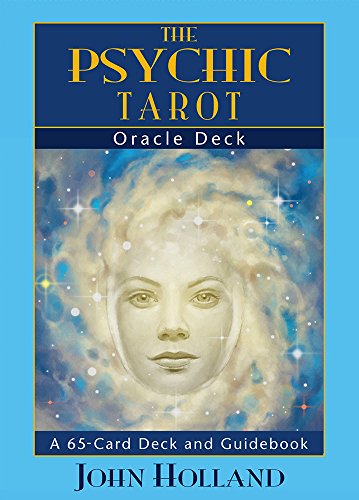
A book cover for The Psychic Tarot Oracle Cards: a 65-Card Deck, plus booklet!; John Holland; Religion & Spirituality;